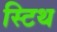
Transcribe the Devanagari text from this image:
स्टिथ